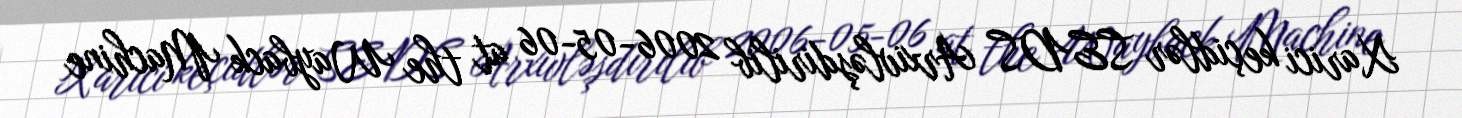
Xarici keçidlər SEDS Arxivləşdirilib 2006-05-06 at the Wayback Machine